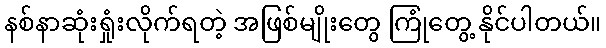
နစ်နာဆုံးရှုံးလိုက်ရတဲ့ အဖြစ်မျိုးတွေ ကြုံတွေ့ နိုင်ပါတယ်။